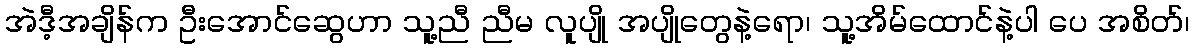
အဲဒီ့အချိန်က ဦးအောင်ဆွေဟာ သူ့ညီ ညီမ လူပျို အပျိုတွေနဲ့ရော၊ သူ့အိမ်ထောင်နဲ့ပါ ပေ အစိတ်၊